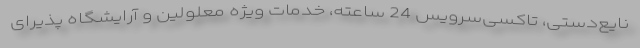
نایع‌دستی، تاکسی‌سرویس 24 ساعته، خدمات ویژه معلولین و آرایشگاه پذیرای